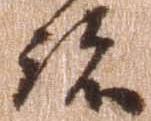
跡